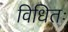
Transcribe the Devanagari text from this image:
विधितः